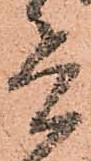
兵